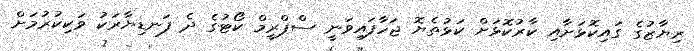
ރިޔާޒުގެ ގައިކޮޅަށާއި ކާރުކޮޅަށް ކަޅުތެޔޮ ޖަހާފައިވަނީ ސްޕްރީމް ކޯޓުގެ ދެ ފަނޑިޔާރަކު ވަކިކުރުމަށް